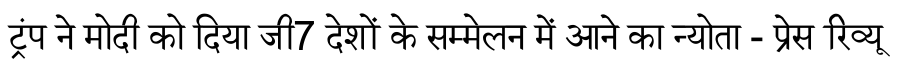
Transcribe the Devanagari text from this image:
ट्रंप ने मोदी को दिया जी7 देशों के सम्मेलन में आने का न्योता - प्रेस रिव्यू